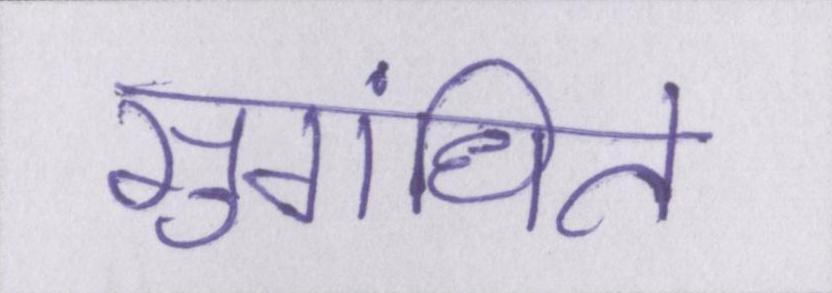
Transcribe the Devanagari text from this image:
सुगंधित